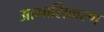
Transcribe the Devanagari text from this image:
आभासिकरण